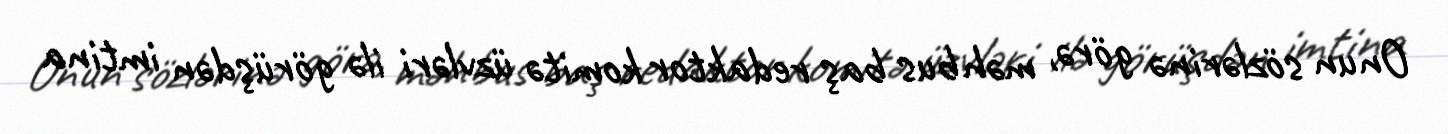
Onun sözlərinə görə, məhbus baş redaktor komitə üzvləri ilə görüşdən imtina